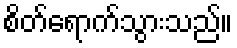
စိတ်ရောက်သွားသည်။